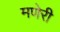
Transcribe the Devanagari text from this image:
मणेरी